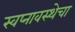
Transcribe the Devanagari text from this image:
स्वप्नावस्थेचा